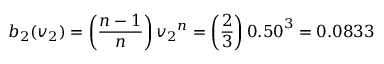
b _ { 2 } ( v _ { 2 } ) = \left( { \frac { n - 1 } { n } } \right) { v _ { 2 } } ^ { n } = \left( { \frac { 2 } { 3 } } \right) { 0 . 5 0 } ^ { 3 } = 0 . 0 8 3 3